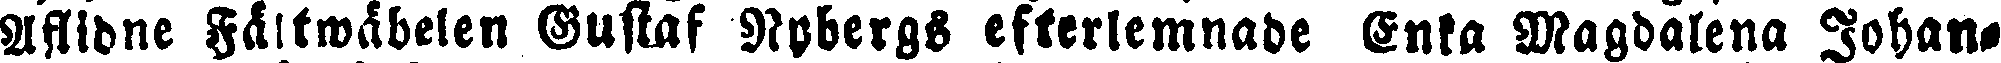
Aflidne Fältwäbelen Gustaf Nybergs efterlemnade Enka Magdalena Johan-